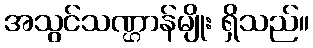
အသွင်သဏ္ဌာန်မျိုး ရှိသည်။